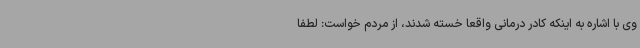
وی با اشاره به اینکه کادر درمانی واقعا خسته شدند، از مردم خواست: لطفا